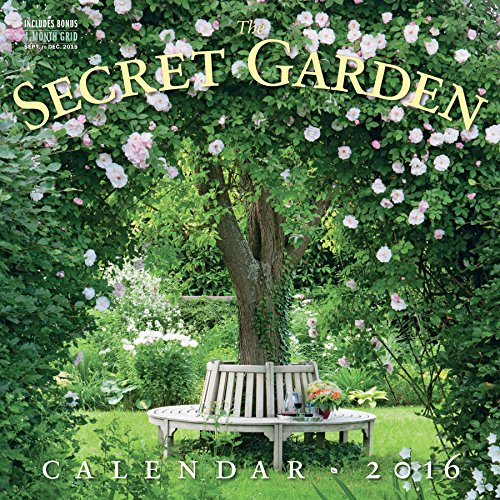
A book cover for The Secret Garden Wall Calendar 2016; Workman Publishing; Calendars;